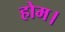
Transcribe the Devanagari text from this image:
होम।